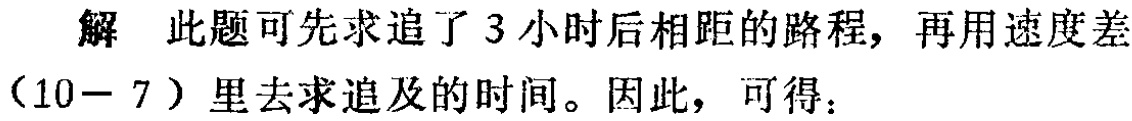
解 此题可先求追了 3 小时后相距的路程, 再用速度差$(10 - 7)$里去求追及的时间。因此，可得：